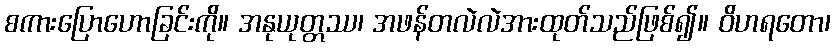
စကားပြောဟောခြင်းကို။ အနုယုတ္တဿ၊ အဖန်တလဲလဲအားထုတ်သည်ဖြစ်၍။ ဝိဟရတော၊